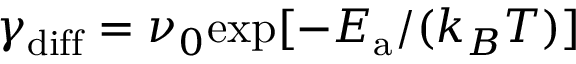
\gamma _ { \mathrm { d i f f } } = \nu _ { 0 } \mathrm { e x p } [ - E _ { \mathrm { a } } / ( k _ { B } T ) ]